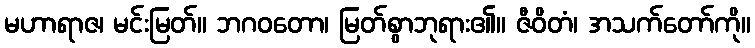
မဟာရာဇ၊ မင်းမြတ်။ ဘဂဝတော၊ မြတ်စွာဘုရား၏။ ဇီဝိတံ၊ အသက်တော်ကို။